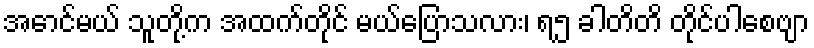
အောင်မယ် သူတို့က အထက်တိုင် မယ်ပြောသလား၊ ရ၅ ခါတိတိ တိုင်ပါစေဗျာ